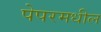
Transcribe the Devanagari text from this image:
पेपरमधील